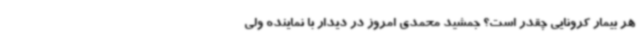
هر بیمار کرونایی چقدر است؟ جمشید محمدی امروز در دیدار با نماینده ولی